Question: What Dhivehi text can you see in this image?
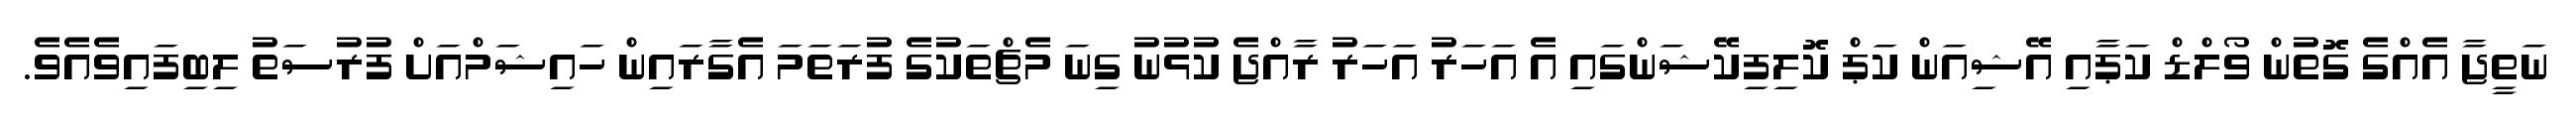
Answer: ނަތީޖާ އެއްގެ ގޮތުން ވޯލްޑް ކަޕާއި އޭޝިއަން ކަޕް ކޮލިފިކޭޝަންގައި އެ އަހަރު އަހަރު ރާއްޖެ ކުޅުނު ގިނަ މެޗްތަކުގެ ފުރަތަމަ އެގާރައިން ހައިޝަމްއަށް ފުރުސަތު ލިބިފައިވެއެވެ.